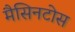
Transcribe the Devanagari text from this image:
मैसिनटोस